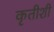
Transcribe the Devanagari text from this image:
कृतीशी